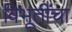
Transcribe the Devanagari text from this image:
विभूतींचा